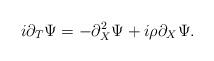
\begin{align*}i\partial_{T}\Psi = -\partial_{X}^2 \Psi + i\rho \partial_{X}\Psi .\end{align*}